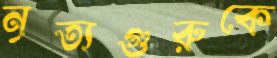
নৃত্যগুরুকে